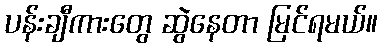
ပန်းချီကားတွေ ဆွဲနေတာ မြင်ရမယ်။